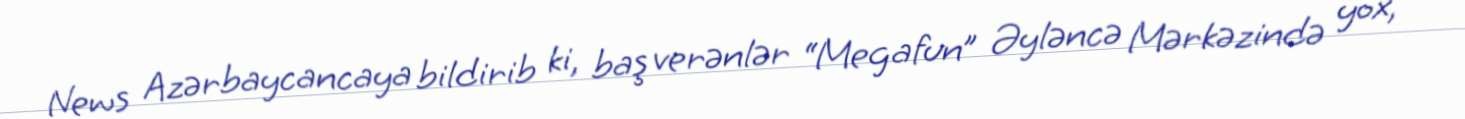
News Azərbaycancaya bildirib ki, baş verənlər “Megafun” Əyləncə Mərkəzində yox,